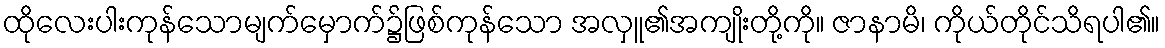
ထိုလေးပါးကုန်သောမျက်မှောက်၌ဖြစ်ကုန်သော အလှူ၏အကျိုးတို့ကို။ ဇာနာမိ၊ ကိုယ်တိုင်သိရပါ၏။